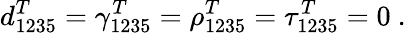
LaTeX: d_{1235}^{T}=\gamma_{1235}^{T}=\rho_{1235}^{T}=\tau_{1235}^{T}=0\ .